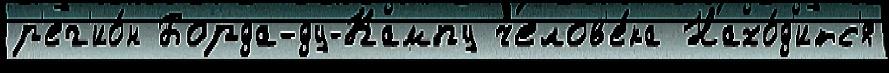
р'ег'ио́н Борда-ду-Кампу челов'е́ка Нахо́д'итс'я